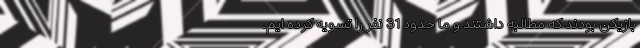
بازیکن بودند که مطالبه داشتند و ما حدود 31 نفر را تسویه کرده ایم.